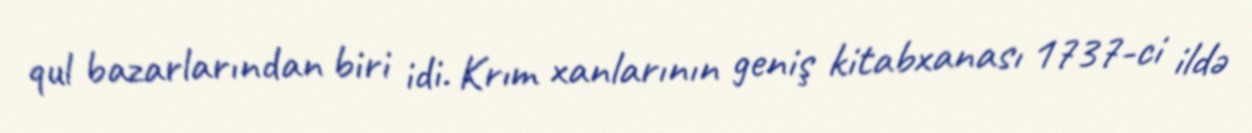
qul bazarlarından biri idi. Krım xanlarının geniş kitabxanası 1737-ci ildə